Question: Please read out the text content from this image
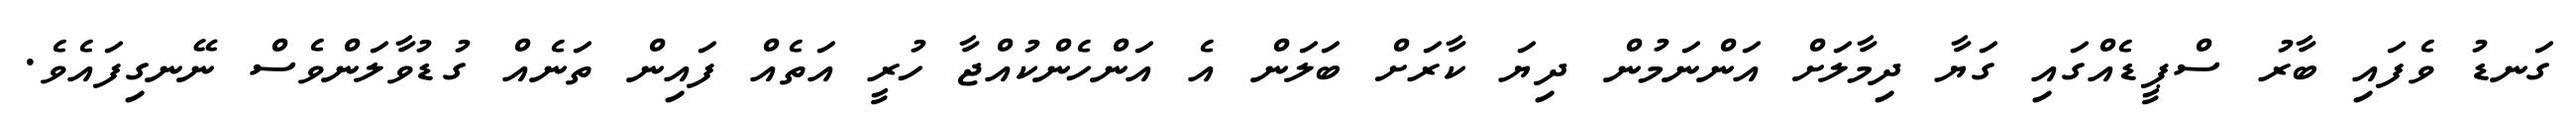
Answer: ގަނޑު ވެފައި ބާރު ސްޕީޑެއްގައި ގަޔާ ދިމާލަށް އަންނަމުން ދިޔަ ކާރަށް ބަލަން އެ އަންހެންކުއްޖާ ހުރީ އަތެއް ފައިން ތަނެއް ގުޑުވާލަންވެސް ނޭނގިފައެވެ.